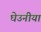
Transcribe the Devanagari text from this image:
घेउनीयां